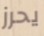
يحرز